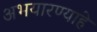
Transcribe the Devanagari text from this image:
अभयारण्याहे